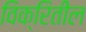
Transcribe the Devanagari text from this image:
विक्रितील